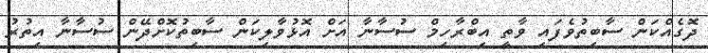
ދޮގެއްކަން ސާބިތުވެފައި ވާތީ އިބްރާހިމް ސުސާނާ އަށް އޮޅުވާލިކަން ސާބިތުކޮށްދޭން ސުސާނާ އިތުރު